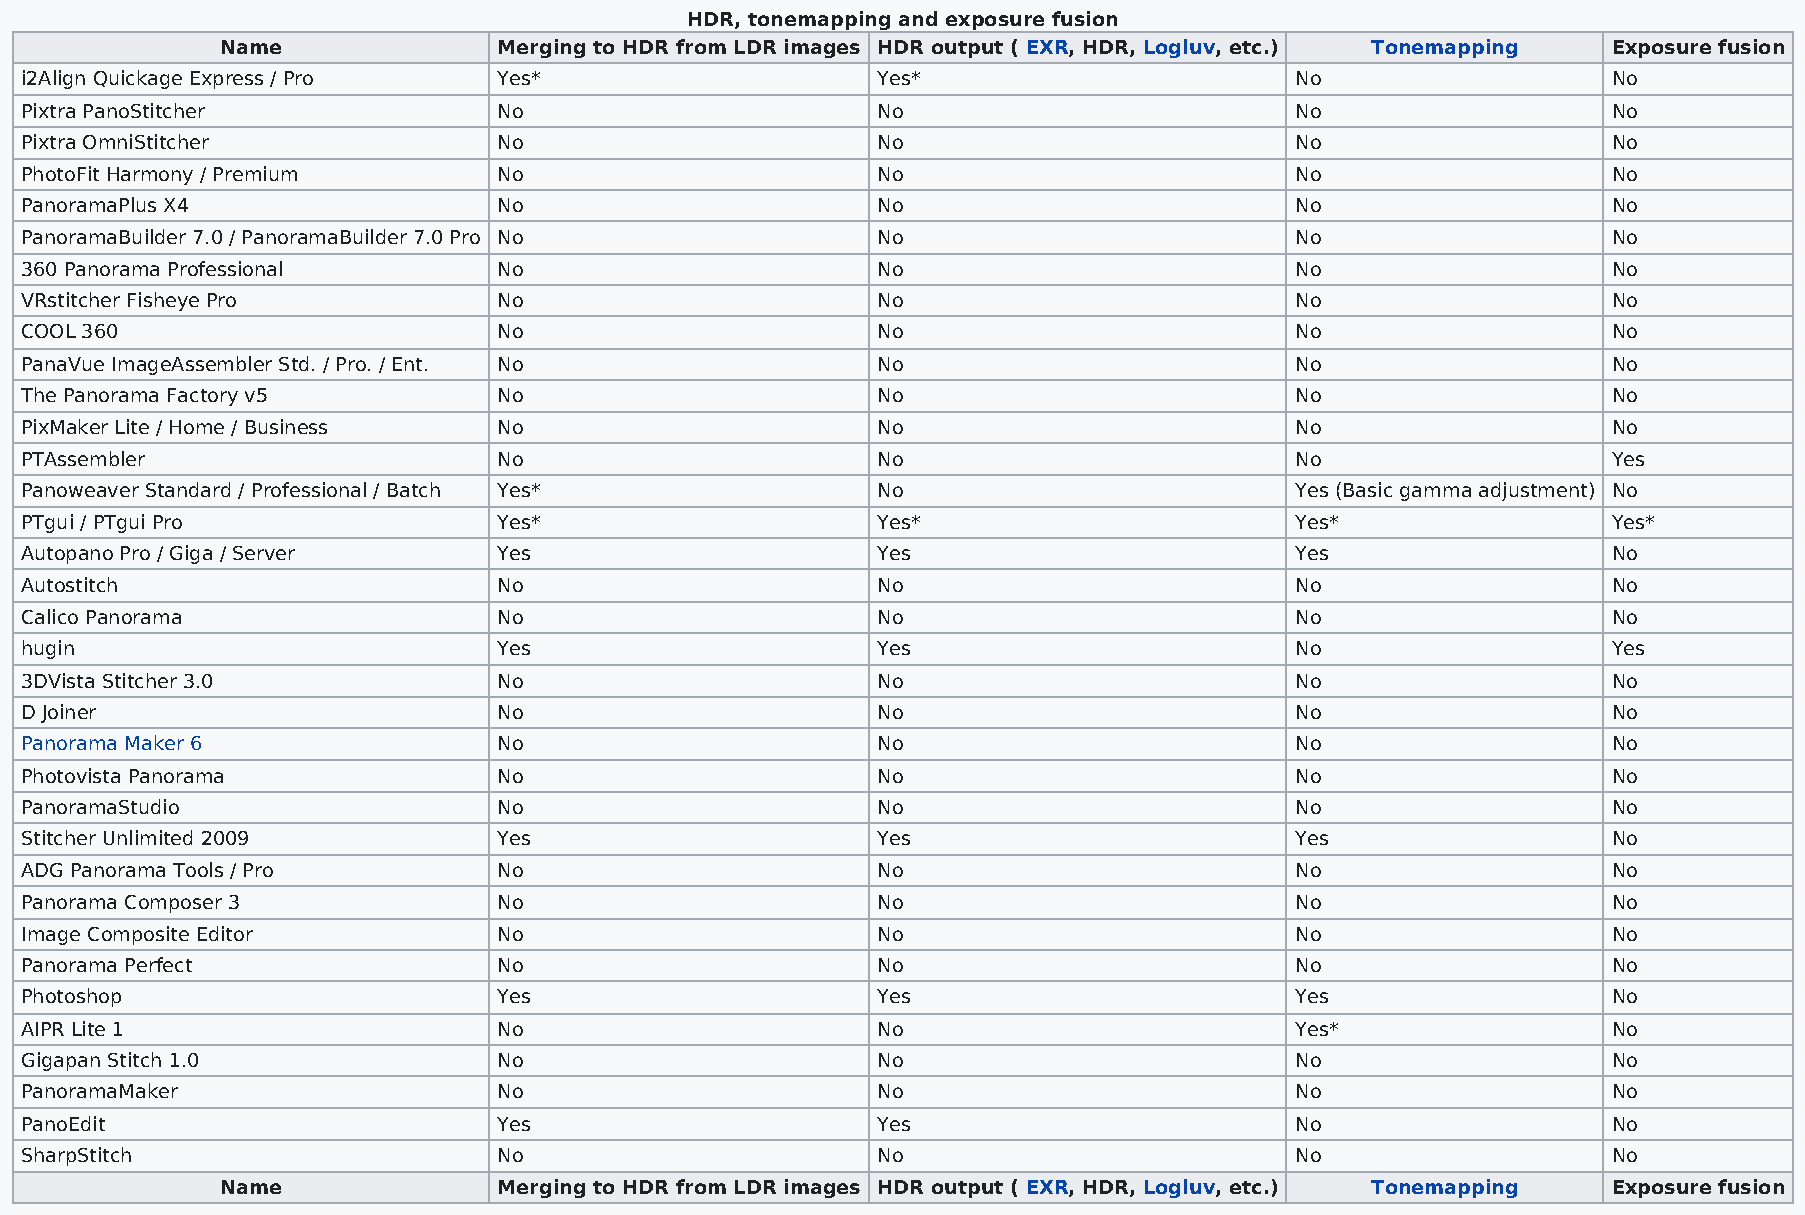
HDR, tonemapping and exposure fusion
 Name              Merging to HDR from LDR images HDR output ( EXR, HDR, Logluv, etc.) Tonemapping Exposure fusion
 i2Align Quickage Express / Pro  Yes*                     Yes*                        No                   No
 Pixtra PanoStitcher             No                       No                          No                   No
 Pixtra OmniStitcher             No                       No                          No                   No
 PhotoFit Harmony / Premium      No                       No                          No                   No
 PanoramaPlus X4                 No                       No                          No                   No
 PanoramaBuilder 7.0 / PanoramaBuilder 7.0 Pro No         No                          No                   No
 360 Panorama Professional       No                       No                          No                   No
 VRstitcher Fisheye Pro          No                       No                          No                   No
 COOL 360                        No                       No                          No                   No
 PanaVue ImageAssembler Std. / Pro. / Ent. No             No                          No                   No
 The Panorama Factory v5         No                       No                          No                   No
 PixMaker Lite / Home / Business No                       No                          No                   No
 PTAssembler                     No                       No                          No                   Yes
 Panoweaver Standard / Professional / Batch Yes*          No                          Yes (Basic gamma adjustment) No
 PTgui / PTgui Pro               Yes*                     Yes*                        Yes*                 Yes*
 Autopano Pro / Giga / Server    Yes                      Yes                         Yes                  No
 Autostitch                      No                       No                          No                   No
 Calico Panorama                 No                       No                          No                   No
 hugin                           Yes                      Yes                         No                   Yes
 3DVista Stitcher 3.0            No                       No                          No                   No
 D Joiner                        No                       No                          No                   No
 Panorama Maker 6                No                       No                          No                   No
 Photovista Panorama             No                       No                          No                   No
 PanoramaStudio                  No                       No                          No                   No
 Stitcher Unlimited 2009         Yes                      Yes                         Yes                  No
 ADG Panorama Tools / Pro        No                       No                          No                   No
 Panorama Composer 3             No                       No                          No                   No
 Image Composite Editor          No                       No                          No                   No
 Panorama Perfect                No                       No                          No                   No
 Photoshop                       Yes                      Yes                         Yes                  No
 AIPR Lite 1                     No                       No                          Yes*                 No
 Gigapan Stitch 1.0              No                       No                          No                   No
 PanoramaMaker                   No                       No                          No                   No
 PanoEdit                        Yes                      Yes                         No                   No
 SharpStitch                     No                       No                          No                   No
 Name              Merging to HDR from LDR images HDR output ( EXR, HDR, Logluv, etc.) Tonemapping Exposure fusion